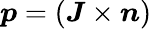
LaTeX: \boldsymbol{p}=\left(\boldsymbol{J}\times\boldsymbol{n}\right)